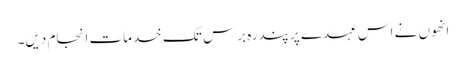
انھوں نے اس عہدے پر پندرہ برس تک خدمات انجام دیں۔